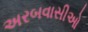
અરબવાસીઓ